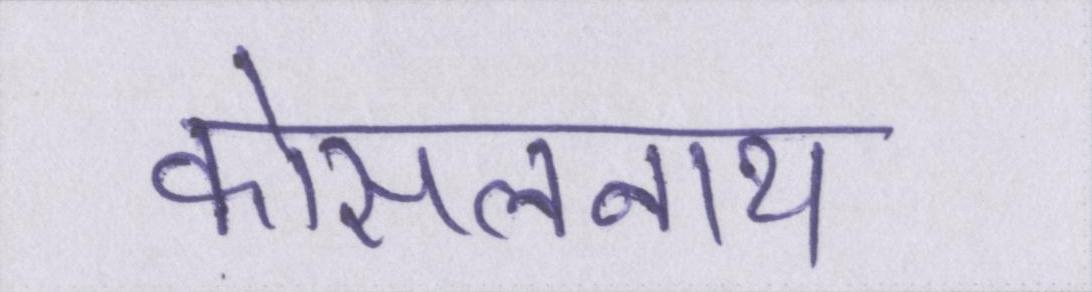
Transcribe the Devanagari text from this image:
कोसलनाथ